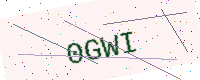
Text: 0GWI